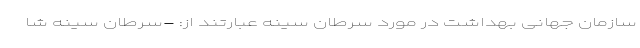
سازمان جهانی بهداشت در مورد سرطان سینه عبارتند از: -سرطان سینه شا